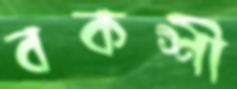
বকশী